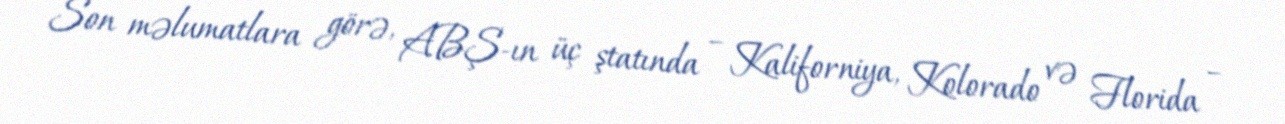
Son məlumatlara görə, ABŞ-ın üç ştatında – Kaliforniya, Kolorado və Florida –